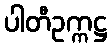
ပါတီဥက္ကဋ္ဌ